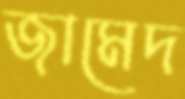
জামেদ